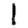
Digit: 1